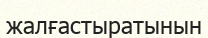
жалғастыратынын